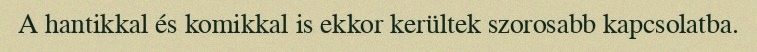
A hantikkal és komikkal is ekkor kerültek szorosabb kapcsolatba.